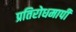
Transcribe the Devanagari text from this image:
प्रतिरोधमापी